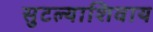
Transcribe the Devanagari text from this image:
सुटल्याशिवाय